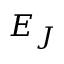
E _ { J }